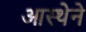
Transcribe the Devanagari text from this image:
आस्‍थेने